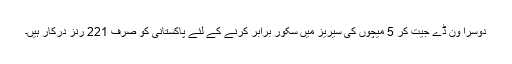
دوسرا ون ڈے جیت کر 5 میچوں کی سیریز میں سکور برابر کرنے کے لئے پاکستانی کو صرف 221 رنز درکار ہیں۔